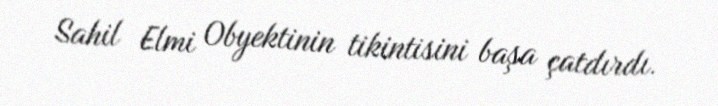
Sahil Elmi Obyektinin tikintisini başa çatdırdı.